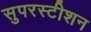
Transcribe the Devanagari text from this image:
सुपरस्टीशन